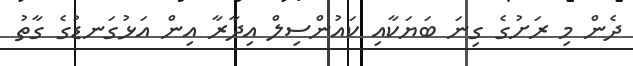
ދެން މި ރަށުގެ ގިނަ ބަޔަކާއި ކައުންސިލް އިދާރާ އިން އަޅުގަނޑުގެ ގާތު